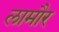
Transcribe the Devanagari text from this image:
लामौर